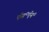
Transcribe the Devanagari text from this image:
ऍस॰ऍन॰